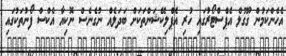
އެހެންކަމުން ގޫގުލް އެޕްސްޓޯރުގައި ހުރި އެޕްލިކޭޝަންތަކަށް ބަދަލެއް ނުގެނެސް ނޮކިއާ އެކްސް ފޯނުތަކުގައި